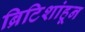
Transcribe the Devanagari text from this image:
ब्रिटिशांहून